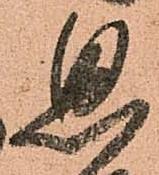
思